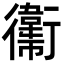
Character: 䘙